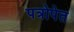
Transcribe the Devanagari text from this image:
पत्रोपेत